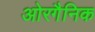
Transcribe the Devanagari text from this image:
ओरगैनिक